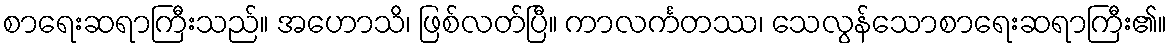
စာရေးဆရာကြီးသည်။ အဟောသိ၊ ဖြစ်လတ်ပြီ။ ကာလင်္ကတဿ၊ သေလွန်သောစာရေးဆရာကြီး၏။